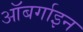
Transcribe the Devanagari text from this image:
ऑबर्गाइन